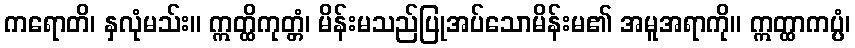
ကရောတိ၊ နှလုံမသ်း။ ဣတ္ထိကုတ္တံ၊ မိန်းမသည်ပြုအပ်သောမိန်းမ၏ အမူအရာကို။ ဣတ္ထာကပ္ပံ၊